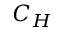
C _ { H }